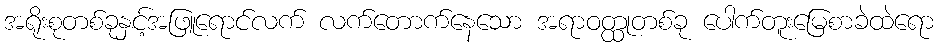
အရိုးစုတစ်ခုနှင့်အဖြူရောင်လက် လက်တောက်နေသော အရာဝတ္ထုတစ်ခု ပေါက်တူးမြေစာခဲထဲရော